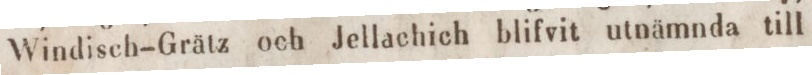
Windisch-Grätz och Jellachich blifvit utnämnda till